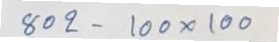
802 - 100 x 100